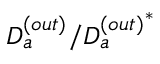
D _ { a } ^ { ( o u t ) } / { D _ { a } ^ { ( o u t ) } } ^ { * }